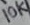
Text: 10K